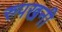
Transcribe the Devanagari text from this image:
रुपखनी